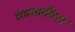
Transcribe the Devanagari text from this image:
महाकवित्व